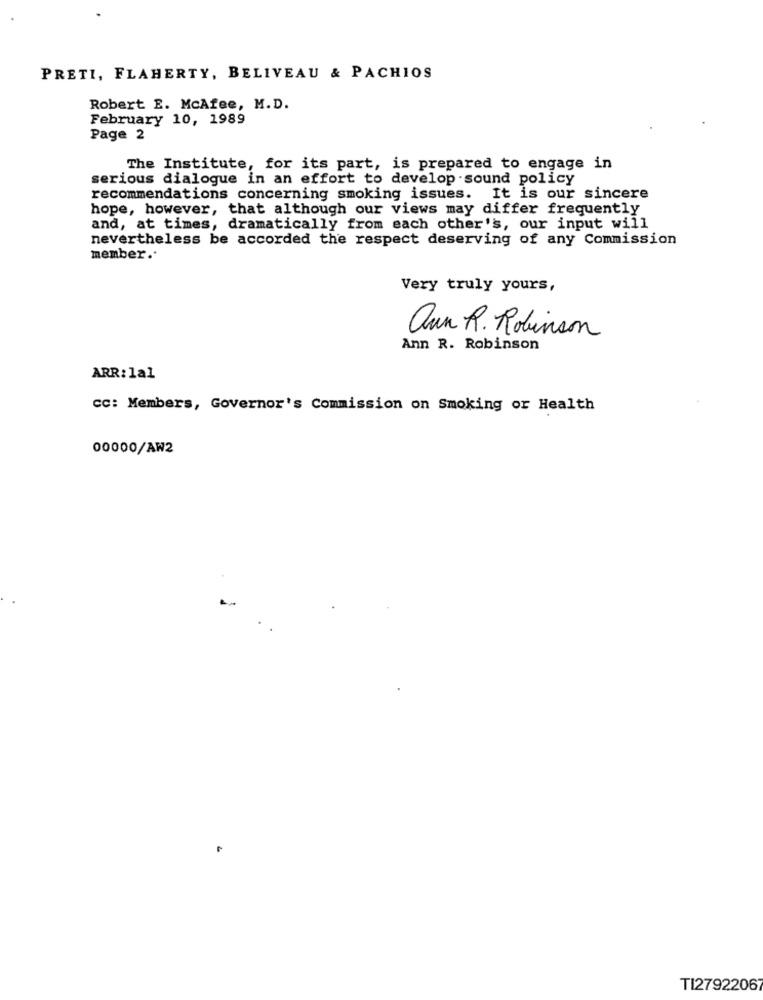
PRETI, FLAHERTY, BELIVEAU & PACHIOS
Robert E. McAfee, M.D.
February 10, 1989
Page 2
The Institute, for its part, is prepared to engage in
serious dialogue in an effort to develop sound policy
recommendations concerning smoking issues. It is our sincere
hope, however, that although our views may differ frequently
and, at times, dramatically from each other's, our input will
nevertheless be accorded the respect deserving of any Commission
member ..
Very truly yours,
aun R. Robinson
Ann R. Robinson
ARR: la1
cc: Members, Governor's Commission on Smoking or Health
00000/AW2
TI2792206